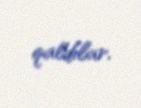
qaldılar.